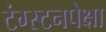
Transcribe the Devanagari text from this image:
टंग्स्टनपेक्षा